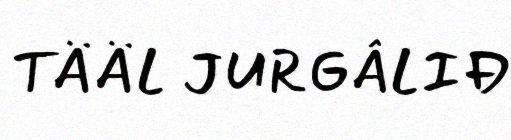
TÄÄL JURGÂLIĐ